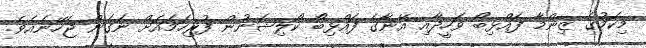
މިކަމުގެ ޒިންމާ ފައްޅިބޯ ވަހީދާއި އޭނާގެ ފައްޅިބޯ ކޯލިޝަނުން ފުރިހަމައަށް ނަގަން ޖެހޭނެއެވެ.